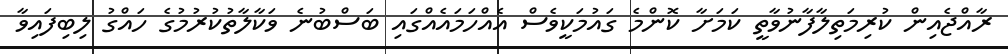
ރާއްޖެއިން ކުރިމަތިލާފާނުވާތީ ކަމަށާ ކޮންމެ ގައުމަކީވެސް އެއްހަމައެއްގައި ބަސްބުނެ ވަކާލާތުކުރުމުގެ ހައްގު ލިބިފައިވާ